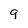
Character: q